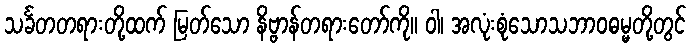
သင်္ခတတရားတို့ထက် မြတ်သော နိဗ္ဗာန်တရားတော်ကို။ ဝါ၊ အလုံးစုံသောသဘာဝဓမ္မတို့တွင်